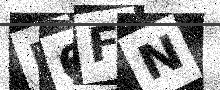
Text: P6FN